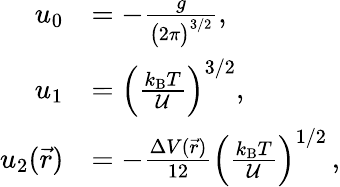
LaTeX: \begin{array}{rl}{u_{0}}&{=-\frac{g}{\big(2\pi\big)^{3/2}},}\\ {u_{1}}&{=\left(\frac{k_{\mathrm{B}}T}{{\mathcal U}}\right)^{3/2},}\\ {u_{2}(\vec{r})}&{=-\frac{\Delta V(\vec{r})}{12}\left(\frac{k_{\mathrm{B}}T}{{\mathcal U}}\right)^{1/2}\, ,}\end{array}